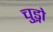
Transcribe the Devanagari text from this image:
चुड्नो